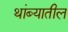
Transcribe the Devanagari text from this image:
थांब्यातील